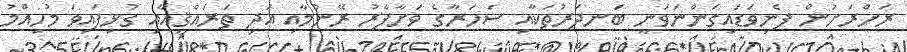
ރަށްރަށުން ފެނިވަޑައިގަންނަވަނީ ބަނދަރުތަކާއި ސަހަރާގެ ވަށާފާރު ރޭނުމާއި އަދި ތަރައްޤީއާއި ގުޅިފައިވަ މުހިއްމު